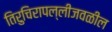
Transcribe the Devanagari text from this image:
तिरुचिरापल्लीजवळील